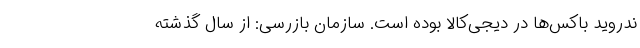
ندروید باکس‌ها در دیجی‌کالا بوده است. سازمان بازرسی: از سال گذشته